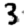
Digit: 3